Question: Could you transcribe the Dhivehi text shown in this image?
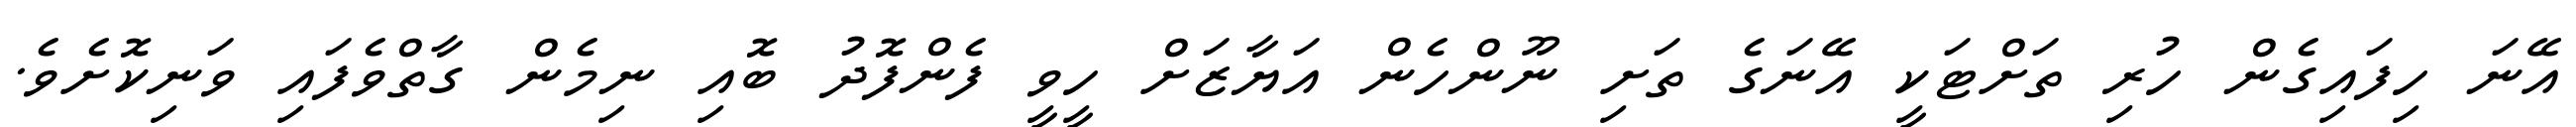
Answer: އޭނަ ހިފައިގެން ހުރި ތަށްޓަކީ އޭނަގެ ތަށި ނޫންހެން އަޔާޒަށް ހީވީ ފެންފޮދު ބޮއި ނިމެން ގާތްވެފައި ވަނިކޮށެވެ.